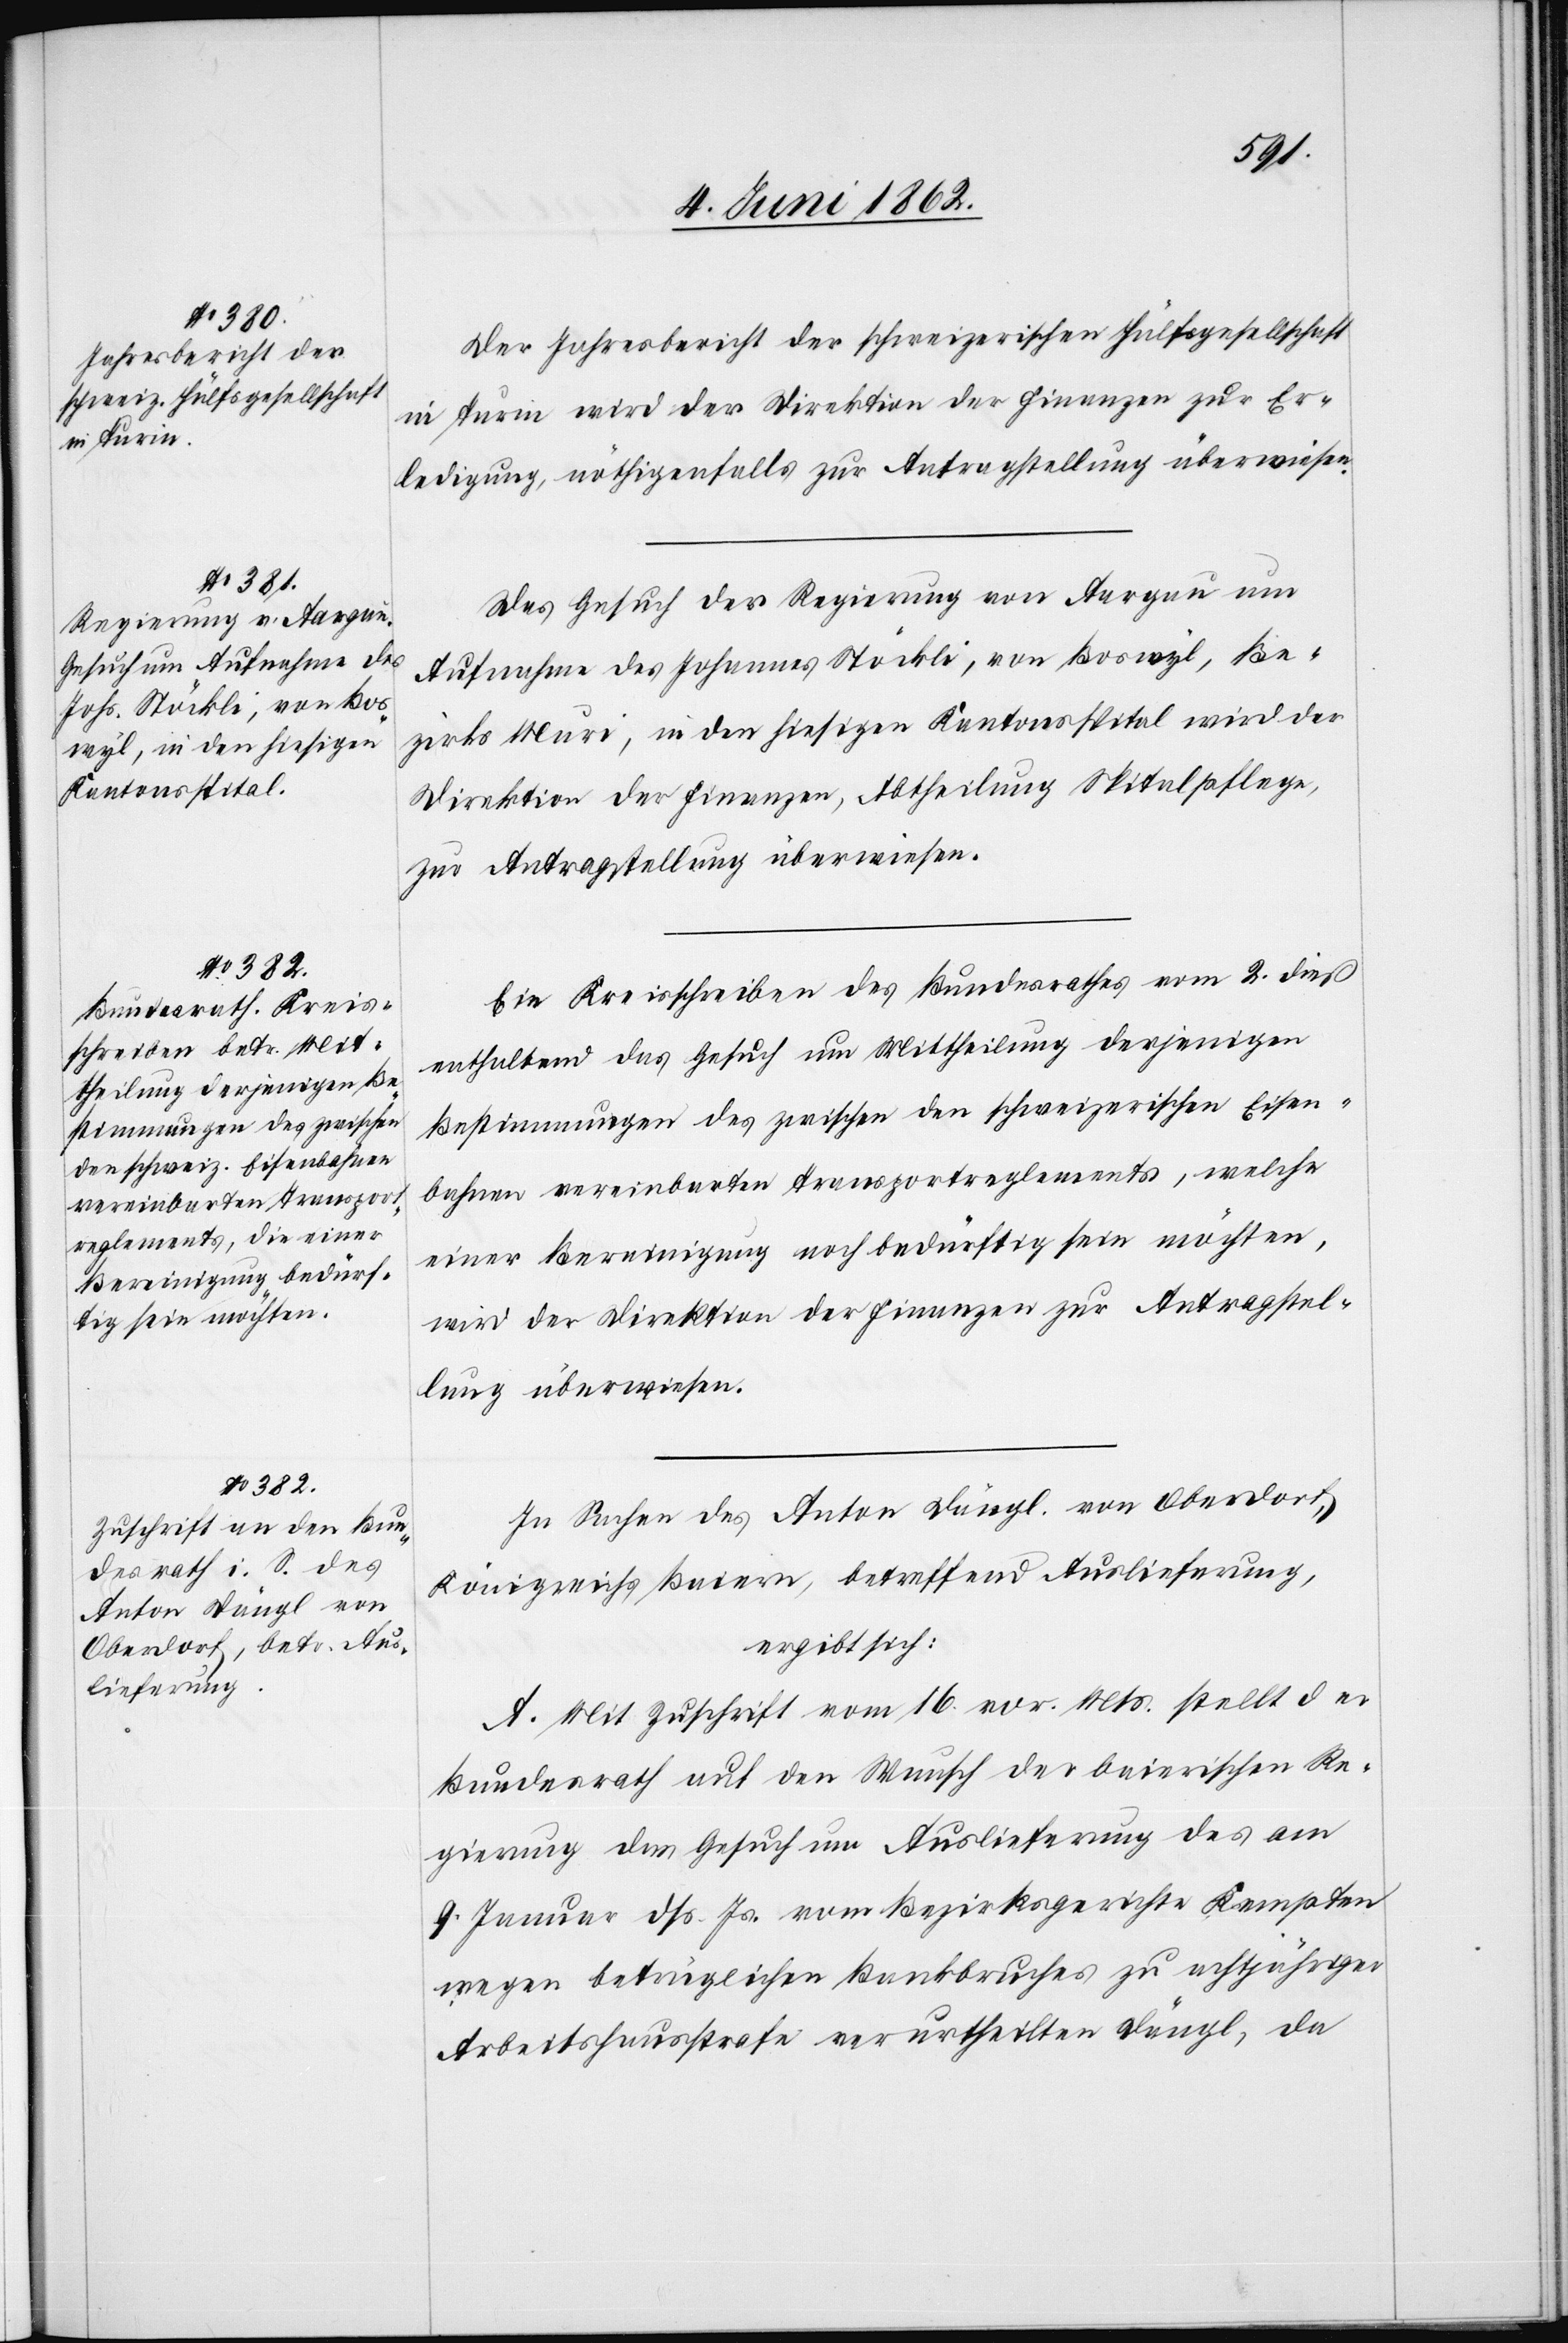
5. Juni 1862.]
Der Jahresbericht der schweizerischen Hülfsgesellschaft
in Turin wird der Direktion der Finanzen zur Er¬
ledigung, nöthigenfalls zur Antragstellung überwiesen.
Das Gesuch der Regierung von Aargau um
Aufnahme des Johannes Stöckli, von Boswyl, Be¬
zirks Muri, in den hiesigen Kantonsspital wird der
Direktion der Finanzen, Abtheilung Spitalpflege,
zur Antragstellung überwiesen.
Ein Kreisschreiben des Bundesrathes vom 2. dieß
enthaltend das Gesuch um Mittheilung derjenigen
Bestimmungen des zwischen den schweizerischen Eisen¬
bahnen vereinbarten Transportreglements, welche
einer Bereinigung noch bedürftig sein möchten,
wird der Direktion der Finanzen zur Antragstel¬
lung überwiesen.
In Sachen des Anton Dängl von Oberdorf,
Königreichs Baiern, betreffend Auslieferung,
ergibt sich:
A. Mit Zuschrift vom 16. vor. Mts. stellt der
Bundesrath auf den Wunsch der baierischen Re¬
gierung das Gesuch um Auslieferung des am
9. Januar dß. Js. vom Bezirksgerichte Kempten
wegen betrüglichen Bankbruches zu achtjähriger
Arbeitshausstrafe verurtheilten Dängl, da